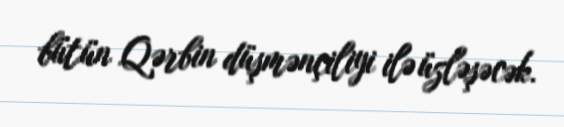
bütün Qərbin düşmənçiliyi ilə üzləşəcək.